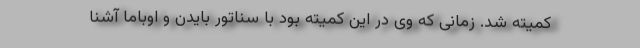
کمیته شد. زمانی که وی در این کمیته بود با سناتور بایدن و اوباما آشنا